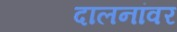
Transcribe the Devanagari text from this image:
दालनांवर